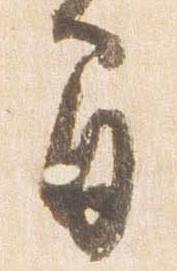
間